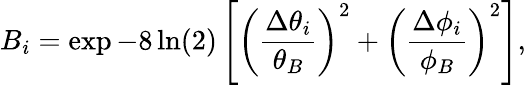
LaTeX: B_{i}=\exp{-8\ln(2)\left[\left(\frac{\Delta\theta_{i}}{\theta_{B}}\right)^{2}+\left(\frac{\Delta\phi_{i}}{\phi_{B}}\right)^{2}\right]},